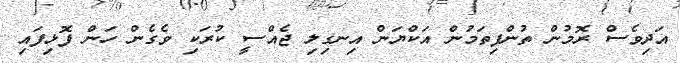
އަދިވެސް ރޮމުން ތުންފިތަމުން އަކްޔަން އިނގިލި ޖެއްސީ ކުރަކި ވެގެން ހަން ފޮޅިފައި